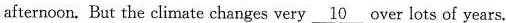
afternoon. But the climate changes very \underline{10} over lots of years.